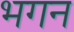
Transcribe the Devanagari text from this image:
भगन